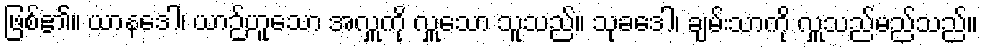
ဖြစ်၏။ ယာနဒေါ၊ ယာဉ်ဟူသော အလှူကို လှူသော သူသည်။ သုခဒေါ၊ ချမ်းသာကို လှူသည်မည်သည်။